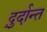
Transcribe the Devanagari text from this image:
दु्र्दान्त